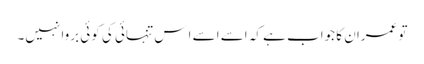
تو عمران کا جواب ہے کہ اسے اسے ا س تنہائی کی کوئی بروا نہیں۔